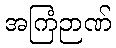
အကြံဉာဏ်